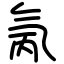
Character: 氞